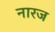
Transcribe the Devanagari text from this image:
नारज